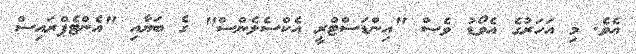
އެވެ. މި އަހަރުގެ އެވޯޑު ވެސް "އިންޑަސްޓްރީ އެކްސެލެންސް" ގެ ބަޔާއި "އެންޓެޕްރައިސް